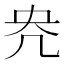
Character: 𭂰